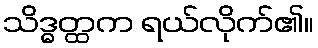
သိဒ္ဓတ္ထက ရယ်လိုက်၏။